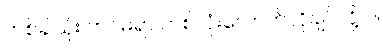
တစ်ခါသုံး ကင်မရာ တစ်လုံးလောက်လိုချင်လို့ပါ။